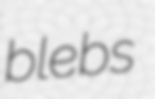
blebs